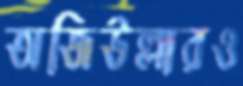
অজিউল্লারও